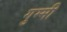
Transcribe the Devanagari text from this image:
गुम्मी